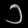
Digit: ၁